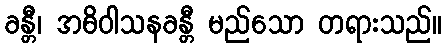
ခန္တီ၊ အဓိဝါသနခန္တီ မည်သော တရားသည်။